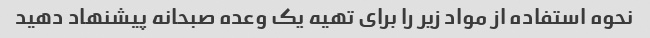
نحوه استفاده از مواد زیر را برای تهیه یک وعده صبحانه پیشنهاد دهید